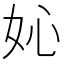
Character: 𡚿